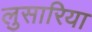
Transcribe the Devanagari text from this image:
लुसारिया